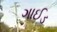
ગાઈડ